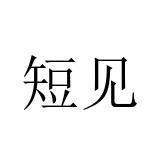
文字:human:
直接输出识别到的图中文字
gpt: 短见